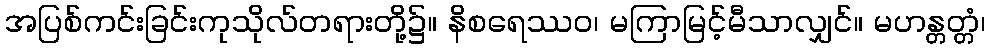
အပြစ်ကင်းခြင်းကုသိုလ်တရားတို့၌။ နိစရေဿဝ၊ မကြာမြင့်မီသာလျှင်။ မဟန္တတ္တံ၊